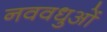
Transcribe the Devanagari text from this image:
नववधुओं